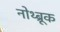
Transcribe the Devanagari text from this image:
नोथ्ब्रूक